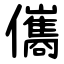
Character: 儶